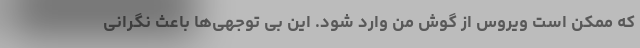
که ممکن است ویروس از گوش من وارد شود. این بی توجهی‌ها باعث نگرانی